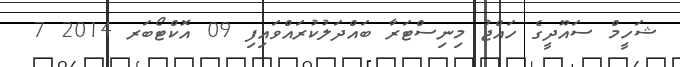
ޝަހީމް ސައޫދީގެ ހައްޖު މިނިސްޓަރާ ބައްދަލުކުރައްވައިފި 09 އޮކްޓޯބަރ 2014 7